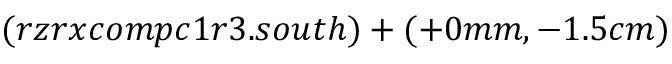
( r z r x c o m p c 1 r 3 . s o u t h ) + ( + 0 m m , - 1 . 5 c m )